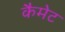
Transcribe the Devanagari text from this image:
कैमेट